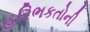
હરિભકતોની